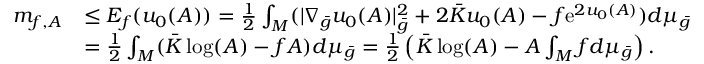
\begin{array} { r l } { m _ { f , A } } & { \le E _ { f } ( u _ { 0 } ( A ) ) = \frac 1 2 \int _ { M } ( | \nabla _ { \bar { g } } u _ { 0 } ( A ) | _ { \bar { g } } ^ { 2 } + 2 \bar { K } u _ { 0 } ( A ) - f \mathrm { e } ^ { 2 u _ { 0 } ( A ) } ) d \mu _ { \bar { g } } } \\ & { = \frac 1 2 \int _ { M } ( \bar { K } \log ( A ) - f A ) d \mu _ { \bar { g } } = \frac { 1 } { 2 } \left( \bar { K } \log ( A ) - A \int _ { M } f d \mu _ { \bar { g } } \right) . } \end{array}